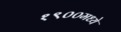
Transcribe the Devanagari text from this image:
१९००मध्ये